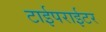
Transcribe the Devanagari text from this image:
टाईपराईटर